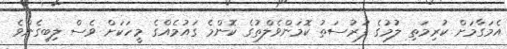
އެމަގާމަށް ކުރިމަތި ލުމުގެ ފުރުސަތު ކޮމަންވެލްތުގެ ކޮންމެ ގައުމެއްގެ މީހަކަށް ވެސް ލިބިގެންވެ